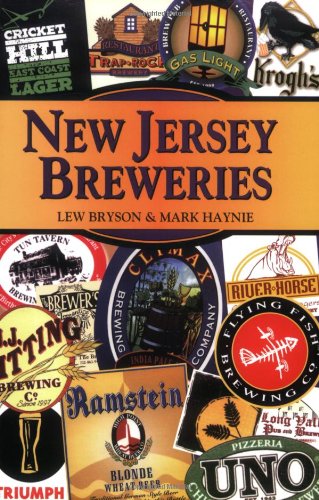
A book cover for New Jersey Breweries (Breweries Series); Lew Bryson; Travel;